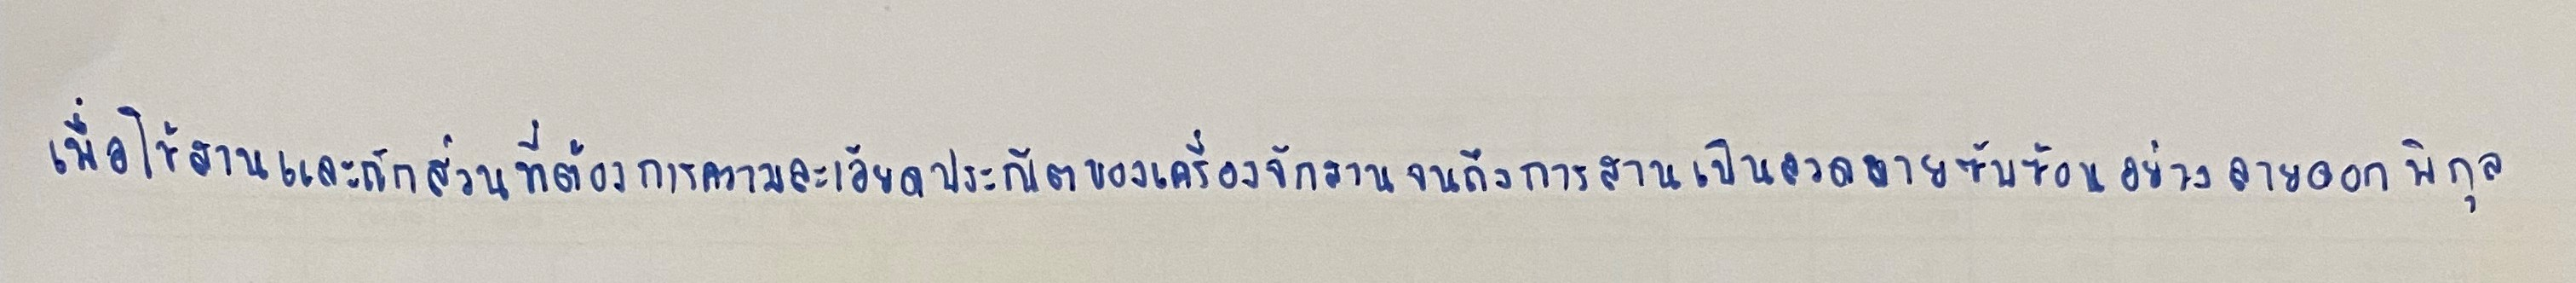
เพื่อใช้สานและถักส่วนที่ต้องการความละเอียดประณีตของเครื่องจักสานจนถึงการสานเป็นลวดลายซับซ้อนอย่างลายดอกพิกุล